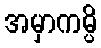
အမှာကမ္ပိ